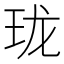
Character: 珑